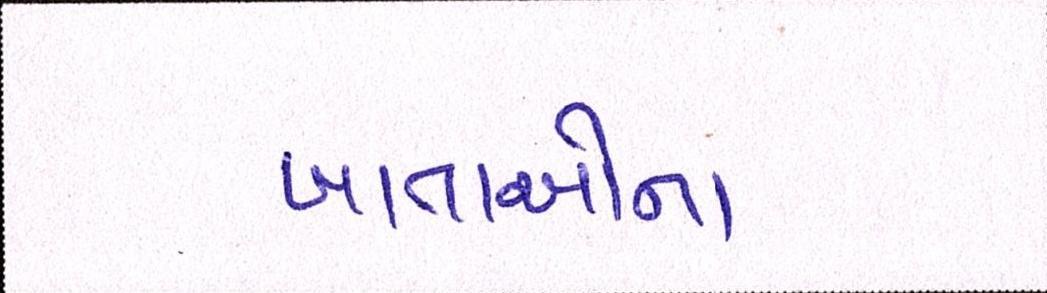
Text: ખાતાઓના